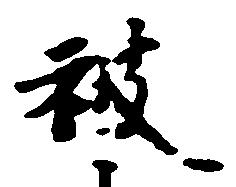
被